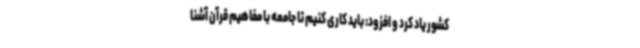
کشور یاد کرد و افزود: باید کاری کنیم تا جامعه با مفاهیم قرآن آشنا